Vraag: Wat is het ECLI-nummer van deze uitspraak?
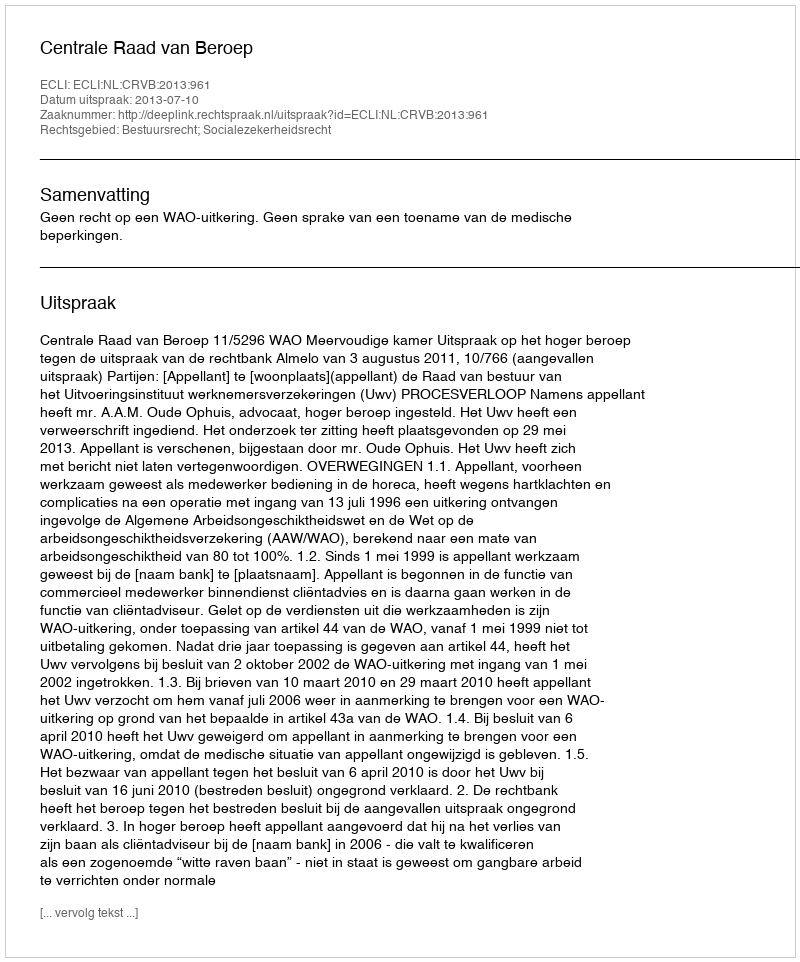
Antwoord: ECLI:NL:CRVB:2013:961